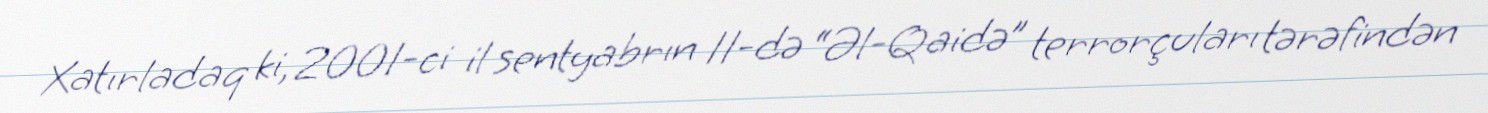
Xatırladaq ki, 2001-ci il sentyabrın 11-də “Əl-Qaidə” terrorçuları tərəfindən